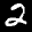
Label: 2